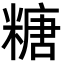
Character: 糖